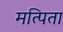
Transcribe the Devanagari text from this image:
मत्पिता